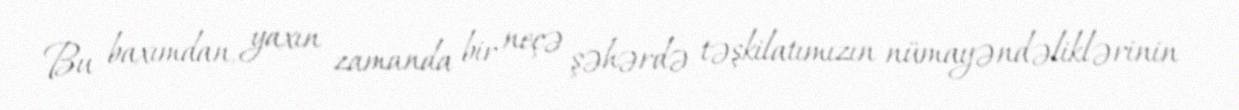
Bu baxımdan, yaxın zamanda bir neçə şəhərdə təşkilatımızın nümayəndəliklərinin